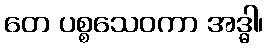
တေ ပစ္စသေဝကာ အဒ္ဓါ၊